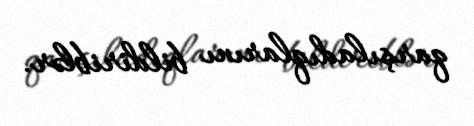
qarşıladıqlarını bildiriblər.